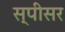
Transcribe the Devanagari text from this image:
स्पीसर